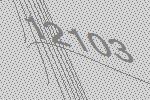
12103